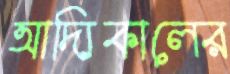
আদ্যিকালের